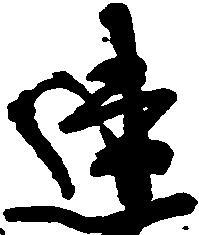
連